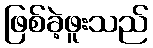
ဖြစ်ခဲ့ဖူးသည်